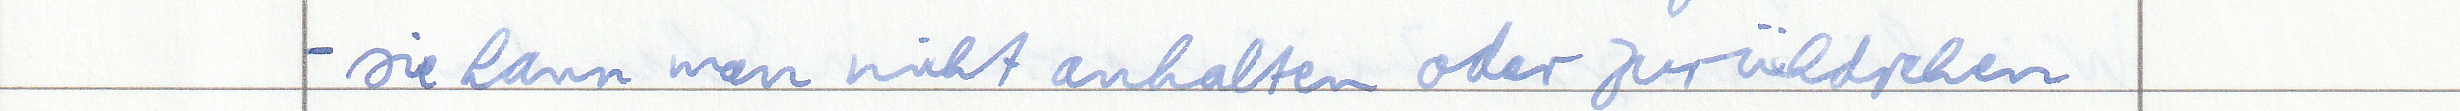
- sie kann man nicht anhalten oder zurückdrehen